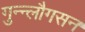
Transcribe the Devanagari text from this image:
गुन्न्लौगसन